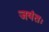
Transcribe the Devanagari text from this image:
जयंतः